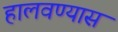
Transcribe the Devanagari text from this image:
हालवण्यास